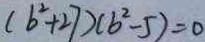
( b ^ { 2 } + 2 7 ) ( b ^ { 2 } - 5 ) = 0